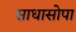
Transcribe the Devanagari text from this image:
साधासोपा